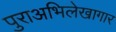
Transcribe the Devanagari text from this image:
पुराअभिलेखागार